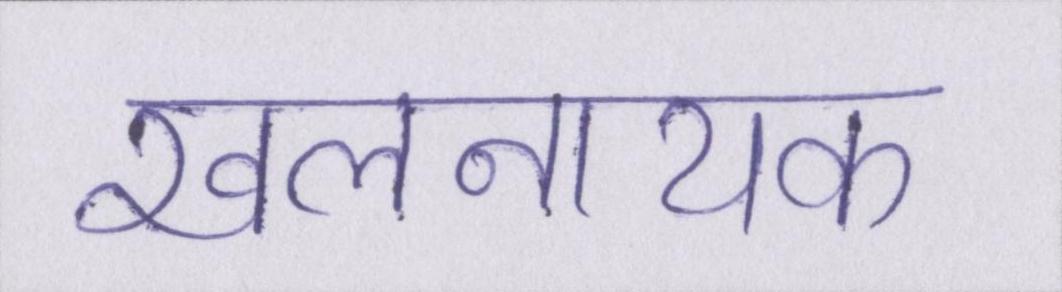
खलनायक